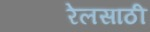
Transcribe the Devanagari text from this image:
रेलसाठी